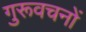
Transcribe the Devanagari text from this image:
गुरूवचनों